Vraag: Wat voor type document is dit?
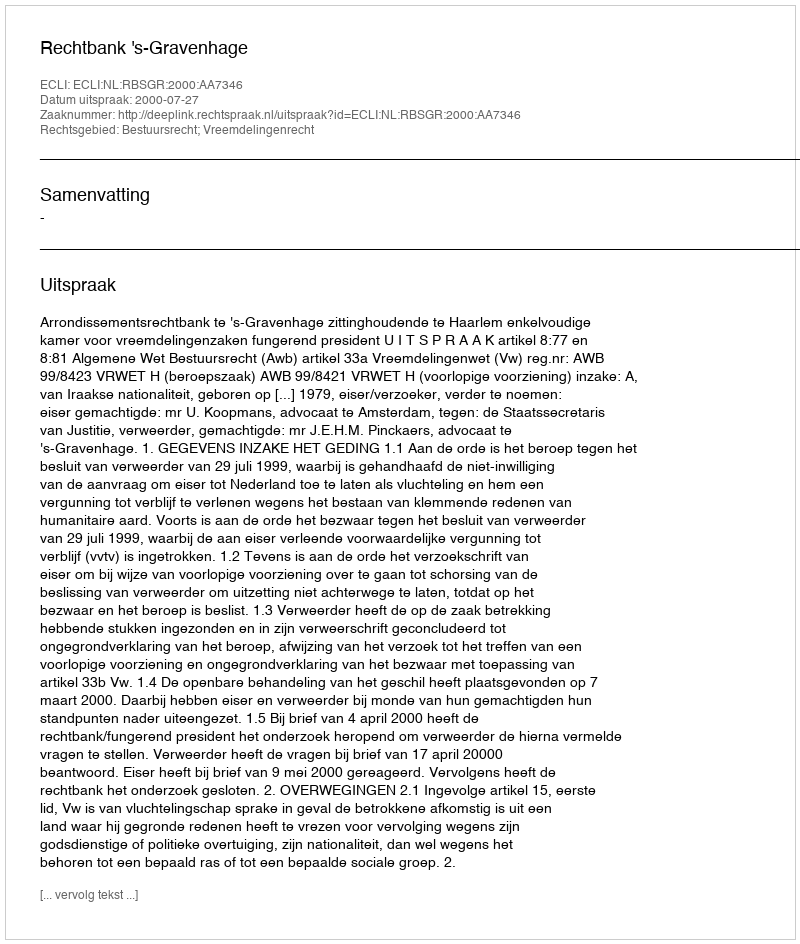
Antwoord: Uitspraak